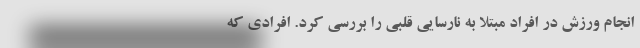
انجام ورزش در افراد مبتلا به نارسایی قلبی را بررسی کرد. افرادی که